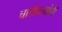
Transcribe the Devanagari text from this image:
चारोळ्यांची